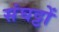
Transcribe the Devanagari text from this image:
संघट्टों